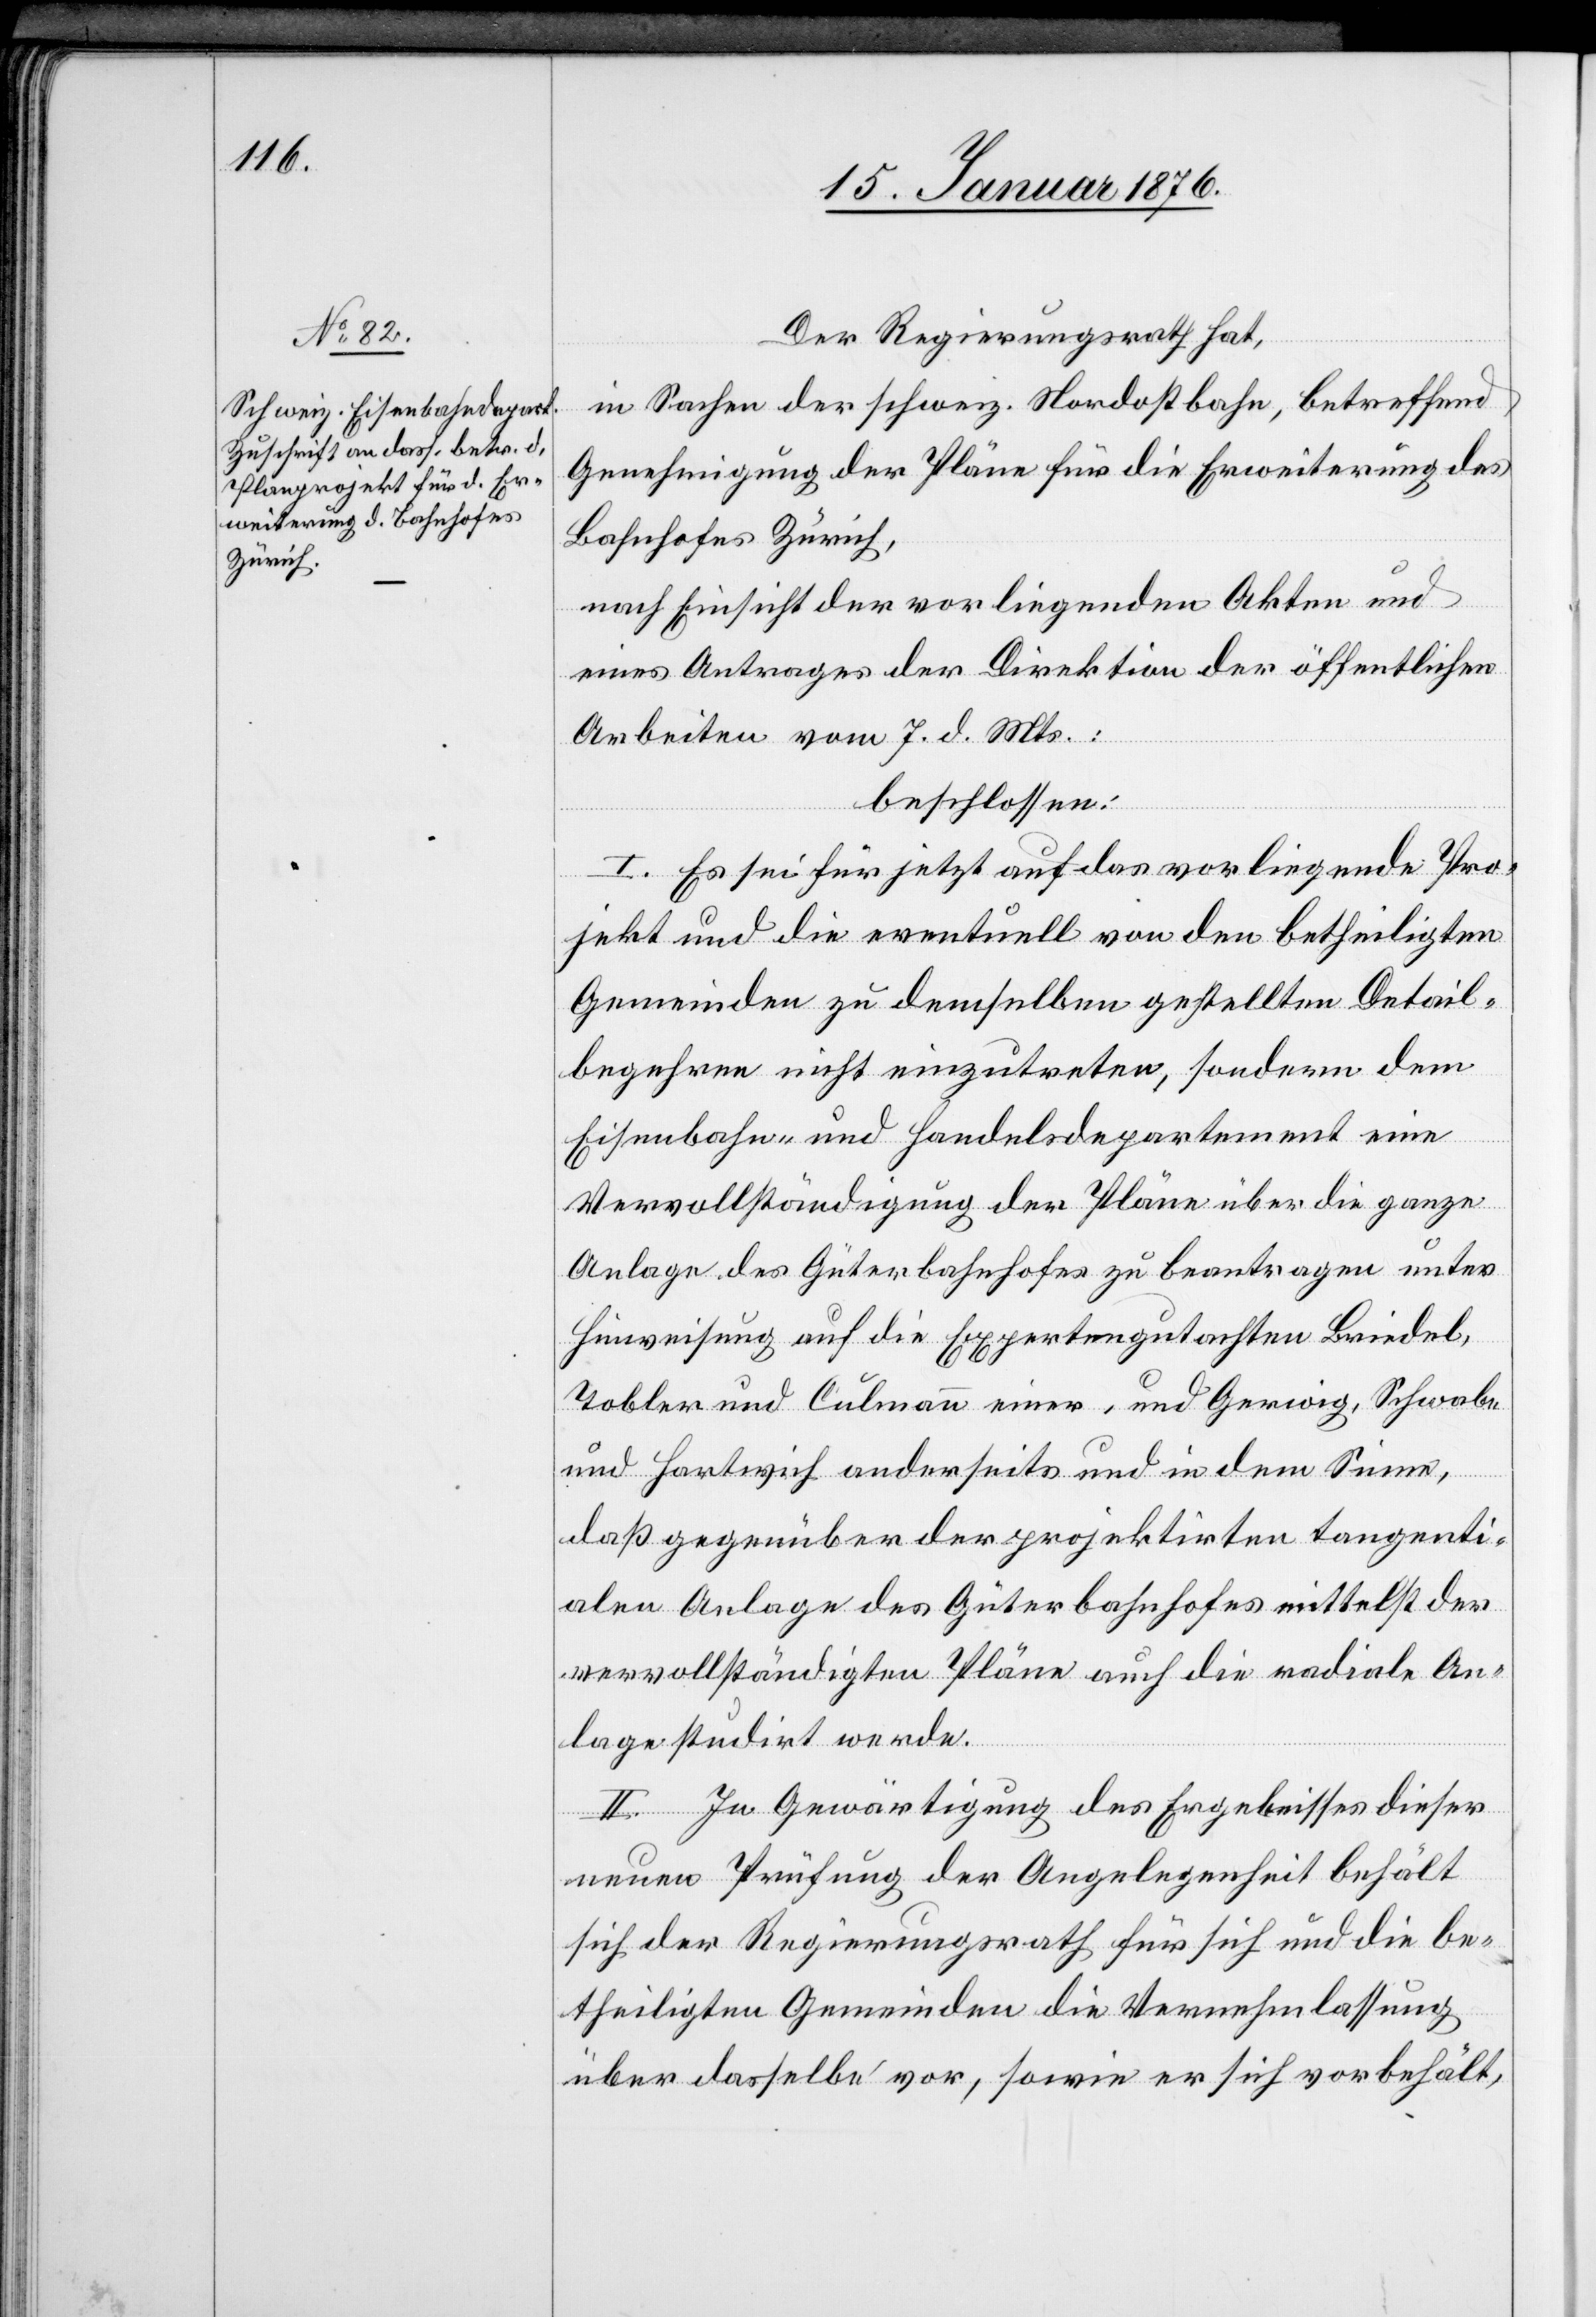
Der Regierungsrath hat,
in Sachen der schweiz. Nordostbahn, betreffend
Genehmigung der Pläne für die Erweiterung des
Bahnhofes Zürich,
nach Einsicht der vorliegenden Akten und
eines Antrages der Direktion der öffentlichen
Arbeiten vom 7. d. Mts.:
beschlossen:
I. Es sei für jetzt auf das vorliegende Pro¬
jekt und die eventuell von den betheiligten
Gemeinden zu demselben gestellten Detail¬
begehren nicht einzutreten, sondern dem
Eisenbahn- und Handelsdepartement eine
Vervollständigung der Pläne über die ganze
Anlage des Güterbahnhofes zu beantragen unter
Hinweisung auf die Expertengutachten Briedel,
Tobler und Culmann einer, und Gerwig, Schwabe
und Hartwich anderseits und in dem Sinne,
daß gegenüber der projektirten tangenti¬
alen Anlage des Güterbahnhofes mittelst der
vervollständigten Pläne auch die radiale An¬
lage studirt werde.
II. In Gewärtigung des Ergebnisses dieser
neuen Prüfung der Angelegenheit behält
sich der Regierungsrath für sich und die be¬
theiligten Gemeinden die Vernehmlassung
über dasselbe vor, sowie er sich vorbehält,